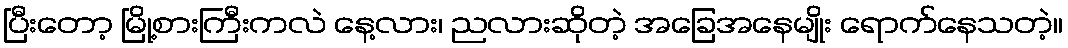
ပြီးတော့ မြို့စားကြီးကလဲ နေ့လား၊ ညလားဆိုတဲ့ အခြေအနေမျိုး ရောက်နေသတဲ့။